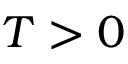
T > 0